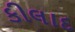
કીલાદ